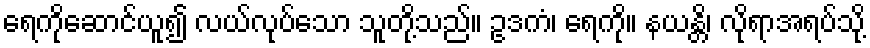
ရေကိုဆောင်ယူ၍ လယ်လုပ်သော သူတို့သည်။ ဥဒကံ၊ ရေကို။ နယန္တိ၊ လိုရာအရပ်သို့